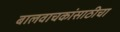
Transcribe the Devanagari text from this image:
बालवाचकांसाठीचा